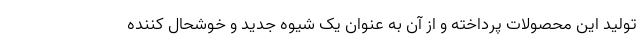
تولید این محصولات پرداخته و از آن به عنوان یک شیوه جدید و خوشحال کننده